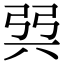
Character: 㢲